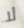
لا